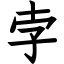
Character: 孛